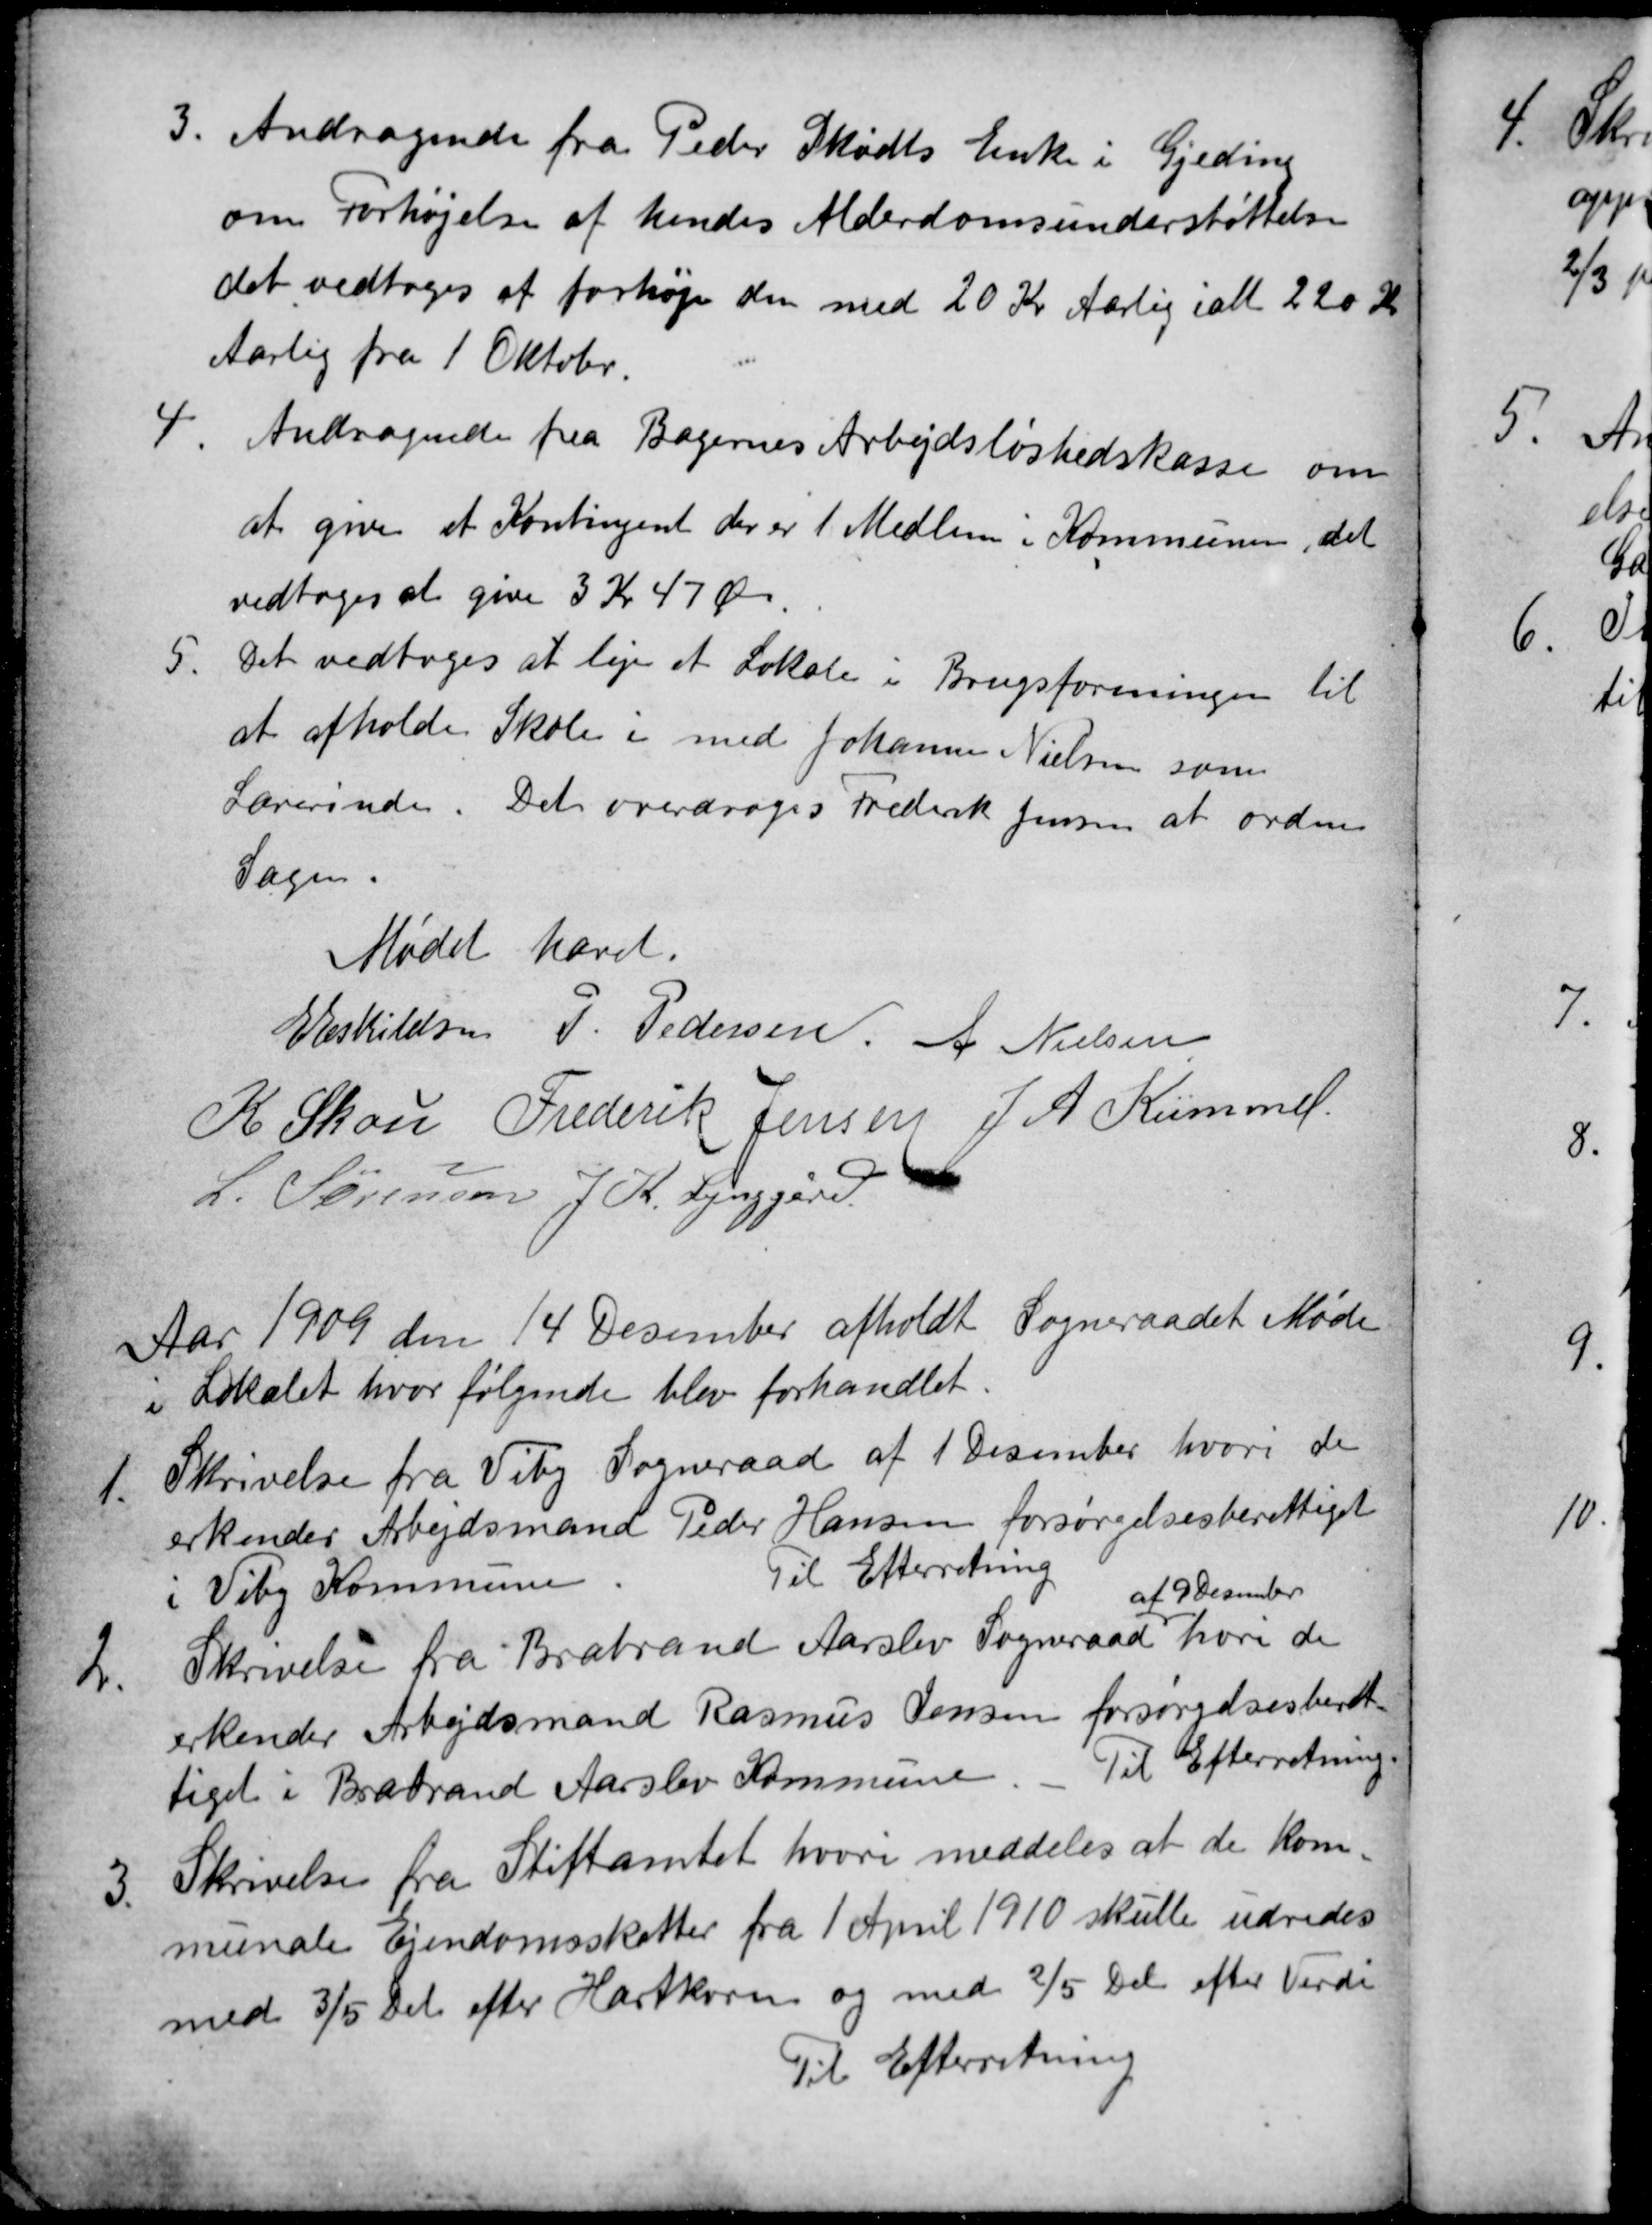
Transskription:
3
Andragende fra Peder Skødts Enke i Gjeding
om Forhøjelse af hendes Alderdomsunderstøttelse
det vedtoges at forhøje den med 20 Kr Aarlig ialt 220 Kr
Aarlig fra 1 Oktober.
4
Andragende fra Bagernes Arbejdsløshedskasse om
at give et Kontingent der er 1 Medlem i Kommunen, det
vedtoges at give 3 Kr 47 Øre.
5
Det vedtoges at leje et Lokale i Brugsforeningen til
at afholde Skole i med Johanne Nielsen som
Lærerinde. Det overdroges Frederik Jensen at ordne
Sagen.
Mødet hævet.
E Eskildsen P. Pedersen A Nielsen
A Skou Frederik Jensen J. A. Kümmel
L. Sørensen J. K. Lynggård
Aar 1909 den 14 Desember afholdt Sogneraadet Møde
i Lokalet hvor følgende blev forhandlet.
1.
Skrivelse fra Viby Sogneraad af 1 Desember hvori de
erkender Arbejdsmand Peder Hansen forsørgelsesberettiget
i Viby Kommune.
Til Efterretning
2.
Skrivelse fra Brabrand Aarslev Sogneraad
af 9 Desember
hvori de
erkender Arbejdsmand Rasmus Jensen forsørgelsesberet
tiget i Brabrand Aarslev Kommune. Til Efterretning.
3.
Skrivelse fra Stiftamtet hvori meddeles at de kom-
munale Ejendomsskatter fra 1 April 1910 skulle udredes
med 3/5 Del efter Hartkorn og med 2/5 Del efter Værdi
Til Efterretning